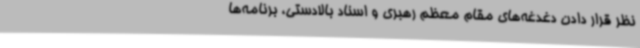
نظر قرار دادن دغدغه‌های مقام معظم رهبری و اسناد بالادستی، برنامه‌ها